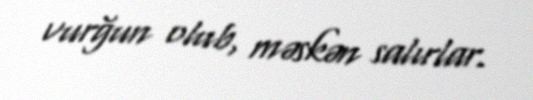
vurğun olub, məskən salırlar.